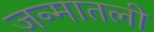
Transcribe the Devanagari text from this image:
जन्मातली